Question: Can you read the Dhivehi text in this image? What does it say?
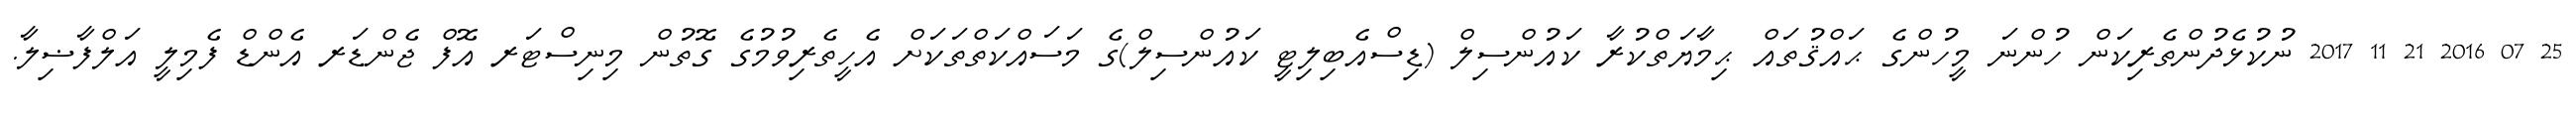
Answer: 25 07 2016 21 11 2017 ނުކުޅެދުންތެރިކަން ހުންނަ މީހުންގެ ޙައްޤުތައް ޙިމާޔަތްކުރާ ކައުންސިލް (ޑިސްއެބިލިޓީ ކައުންސިލް)ގެ މަސައްކަތްތަކަށް އެހީތެރިވުމުގެ ގޮތުން މިނިސްޓަރ އޮފް ޖެންޑަރ އެންޑް ފެމިލީ އަލްފާޟިލާ.